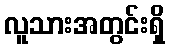
လူသားအတွင်းရှိ